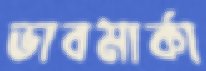
ভাবমার্কা